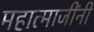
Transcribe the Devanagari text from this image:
महात्माजींनी